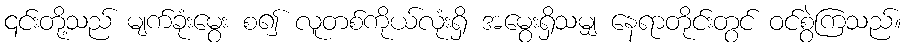
၎င်းတို့သည် မျက်ခုံးမွေး စ၍ လူတစ်ကိုယ်လုံးရှိ အမွေးရှိသမျှ နေရာတိုင်းတွင် ဝင်စွဲကြသည်။